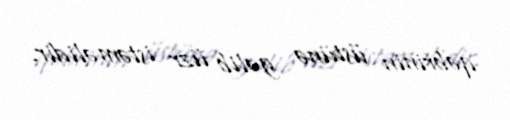
qəbrinin üstünə gəlib üzr istəməlidir.